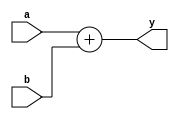
`timescale 1ns / 1ps

module adder(
	input wire[31:0] a,b,
	output wire signed[31:0] y
    );
	wire signed [31:0]a1 = a;
	wire signed [31:0]b1 = b;
	assign y = a + b;
endmodule